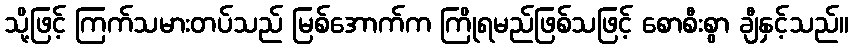
သို့ဖြင့် ကြက်သမားတပ်သည် မြစ်အောက်က ကြိုရမည်ဖြစ်သဖြင့် စောစီးစွာ ချီနှင့်သည်။